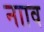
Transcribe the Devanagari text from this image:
नााव